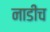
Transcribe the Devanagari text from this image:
नाडीच